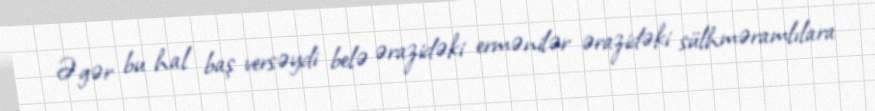
Əgər bu hal baş versəydi belə ərazidəki ermənilər ərazidəki sülhməramlılara